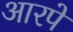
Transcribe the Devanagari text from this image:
आरपें